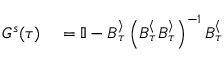
\begin{array} { r l } { G ^ { s } ( \tau ) } & { { } = \mathbb { I } - B _ { \tau } ^ { \rangle } \left( B _ { \tau } ^ { \langle } B _ { \tau } ^ { \rangle } \right) ^ { - 1 } B _ { \tau } ^ { \langle } } \end{array}